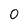
Character: O